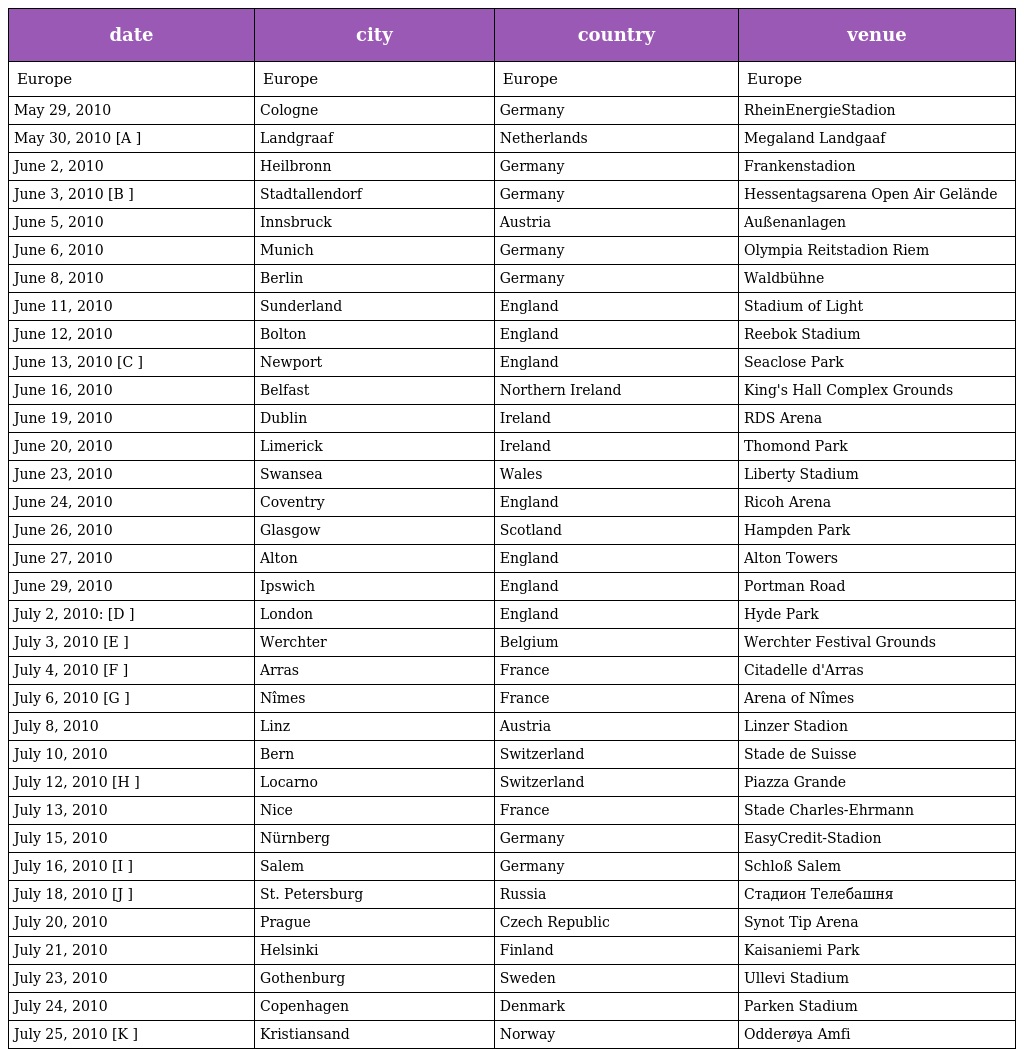
| date | city | country | venue |
 | --- | --- | --- | --- |
 | Europe | Europe | Europe | Europe |
 | May 29, 2010 | Cologne | Germany | RheinEnergieStadion |
 | May 30, 2010 [A ] | Landgraaf | Netherlands | Megaland Landgaaf |
 | June 2, 2010 | Heilbronn | Germany | Frankenstadion |
 | June 3, 2010 [B ] | Stadtallendorf | Germany | Hessentagsarena Open Air Gelände |
 | June 5, 2010 | Innsbruck | Austria | Außenanlagen |
 | June 6, 2010 | Munich | Germany | Olympia Reitstadion Riem |
 | June 8, 2010 | Berlin | Germany | Waldbühne |
 | June 11, 2010 | Sunderland | England | Stadium of Light |
 | June 12, 2010 | Bolton | England | Reebok Stadium |
 | June 13, 2010 [C ] | Newport | England | Seaclose Park |
 | June 16, 2010 | Belfast | Northern Ireland | King's Hall Complex Grounds |
 | June 19, 2010 | Dublin | Ireland | RDS Arena |
 | June 20, 2010 | Limerick | Ireland | Thomond Park |
 | June 23, 2010 | Swansea | Wales | Liberty Stadium |
 | June 24, 2010 | Coventry | England | Ricoh Arena |
 | June 26, 2010 | Glasgow | Scotland | Hampden Park |
 | June 27, 2010 | Alton | England | Alton Towers |
 | June 29, 2010 | Ipswich | England | Portman Road |
 | July 2, 2010: [D ] | London | England | Hyde Park |
 | July 3, 2010 [E ] | Werchter | Belgium | Werchter Festival Grounds |
 | July 4, 2010 [F ] | Arras | France | Citadelle d'Arras |
 | July 6, 2010 [G ] | Nîmes | France | Arena of Nîmes |
 | July 8, 2010 | Linz | Austria | Linzer Stadion |
 | July 10, 2010 | Bern | Switzerland | Stade de Suisse |
 | July 12, 2010 [H ] | Locarno | Switzerland | Piazza Grande |
 | July 13, 2010 | Nice | France | Stade Charles-Ehrmann |
 | July 15, 2010 | Nürnberg | Germany | EasyCredit-Stadion |
 | July 16, 2010 [I ] | Salem | Germany | Schloß Salem |
 | July 18, 2010 [J ] | St. Petersburg | Russia | Стадион Телебашня |
 | July 20, 2010 | Prague | Czech Republic | Synot Tip Arena |
 | July 21, 2010 | Helsinki | Finland | Kaisaniemi Park |
 | July 23, 2010 | Gothenburg | Sweden | Ullevi Stadium |
 | July 24, 2010 | Copenhagen | Denmark | Parken Stadium |
 | July 25, 2010 [K ] | Kristiansand | Norway | Odderøya Amfi |